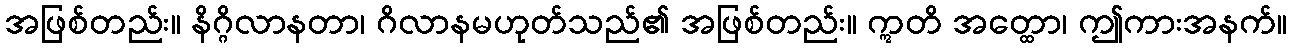
အဖြစ်တည်း။ နိဂ္ဂိလာနတာ၊ ဂိလာနမဟုတ်သည်၏ အဖြစ်တည်း။ ဣတိ အတ္ထော၊ ဤကားအနက်။